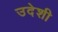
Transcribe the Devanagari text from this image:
उदेशी